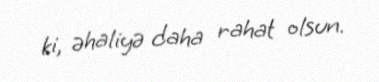
ki, əhaliyə daha rahat olsun.